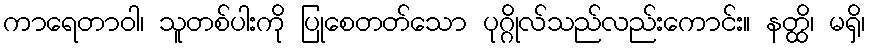
ကာရေတာဝါ၊ သူတစ်ပါးကို ပြုစေတတ်သော ပုဂ္ဂိုလ်သည်လည်းကောင်း။ နတ္ထိ၊ မရှိ၊